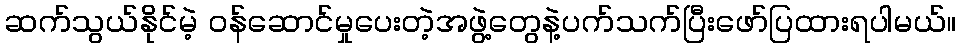
ဆက်သွယ်နိုင်မဲ့ ဝန်ဆောင်မှုပေးတဲ့အဖွဲ့တွေနဲ့ပက်သက်ပြီးဖော်ပြထားရပါမယ်။